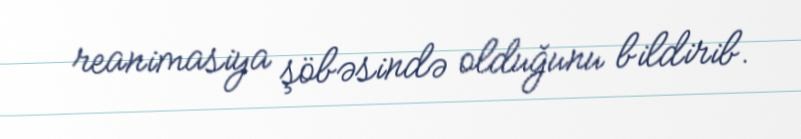
reanimasiya şöbəsində olduğunu bildirib.